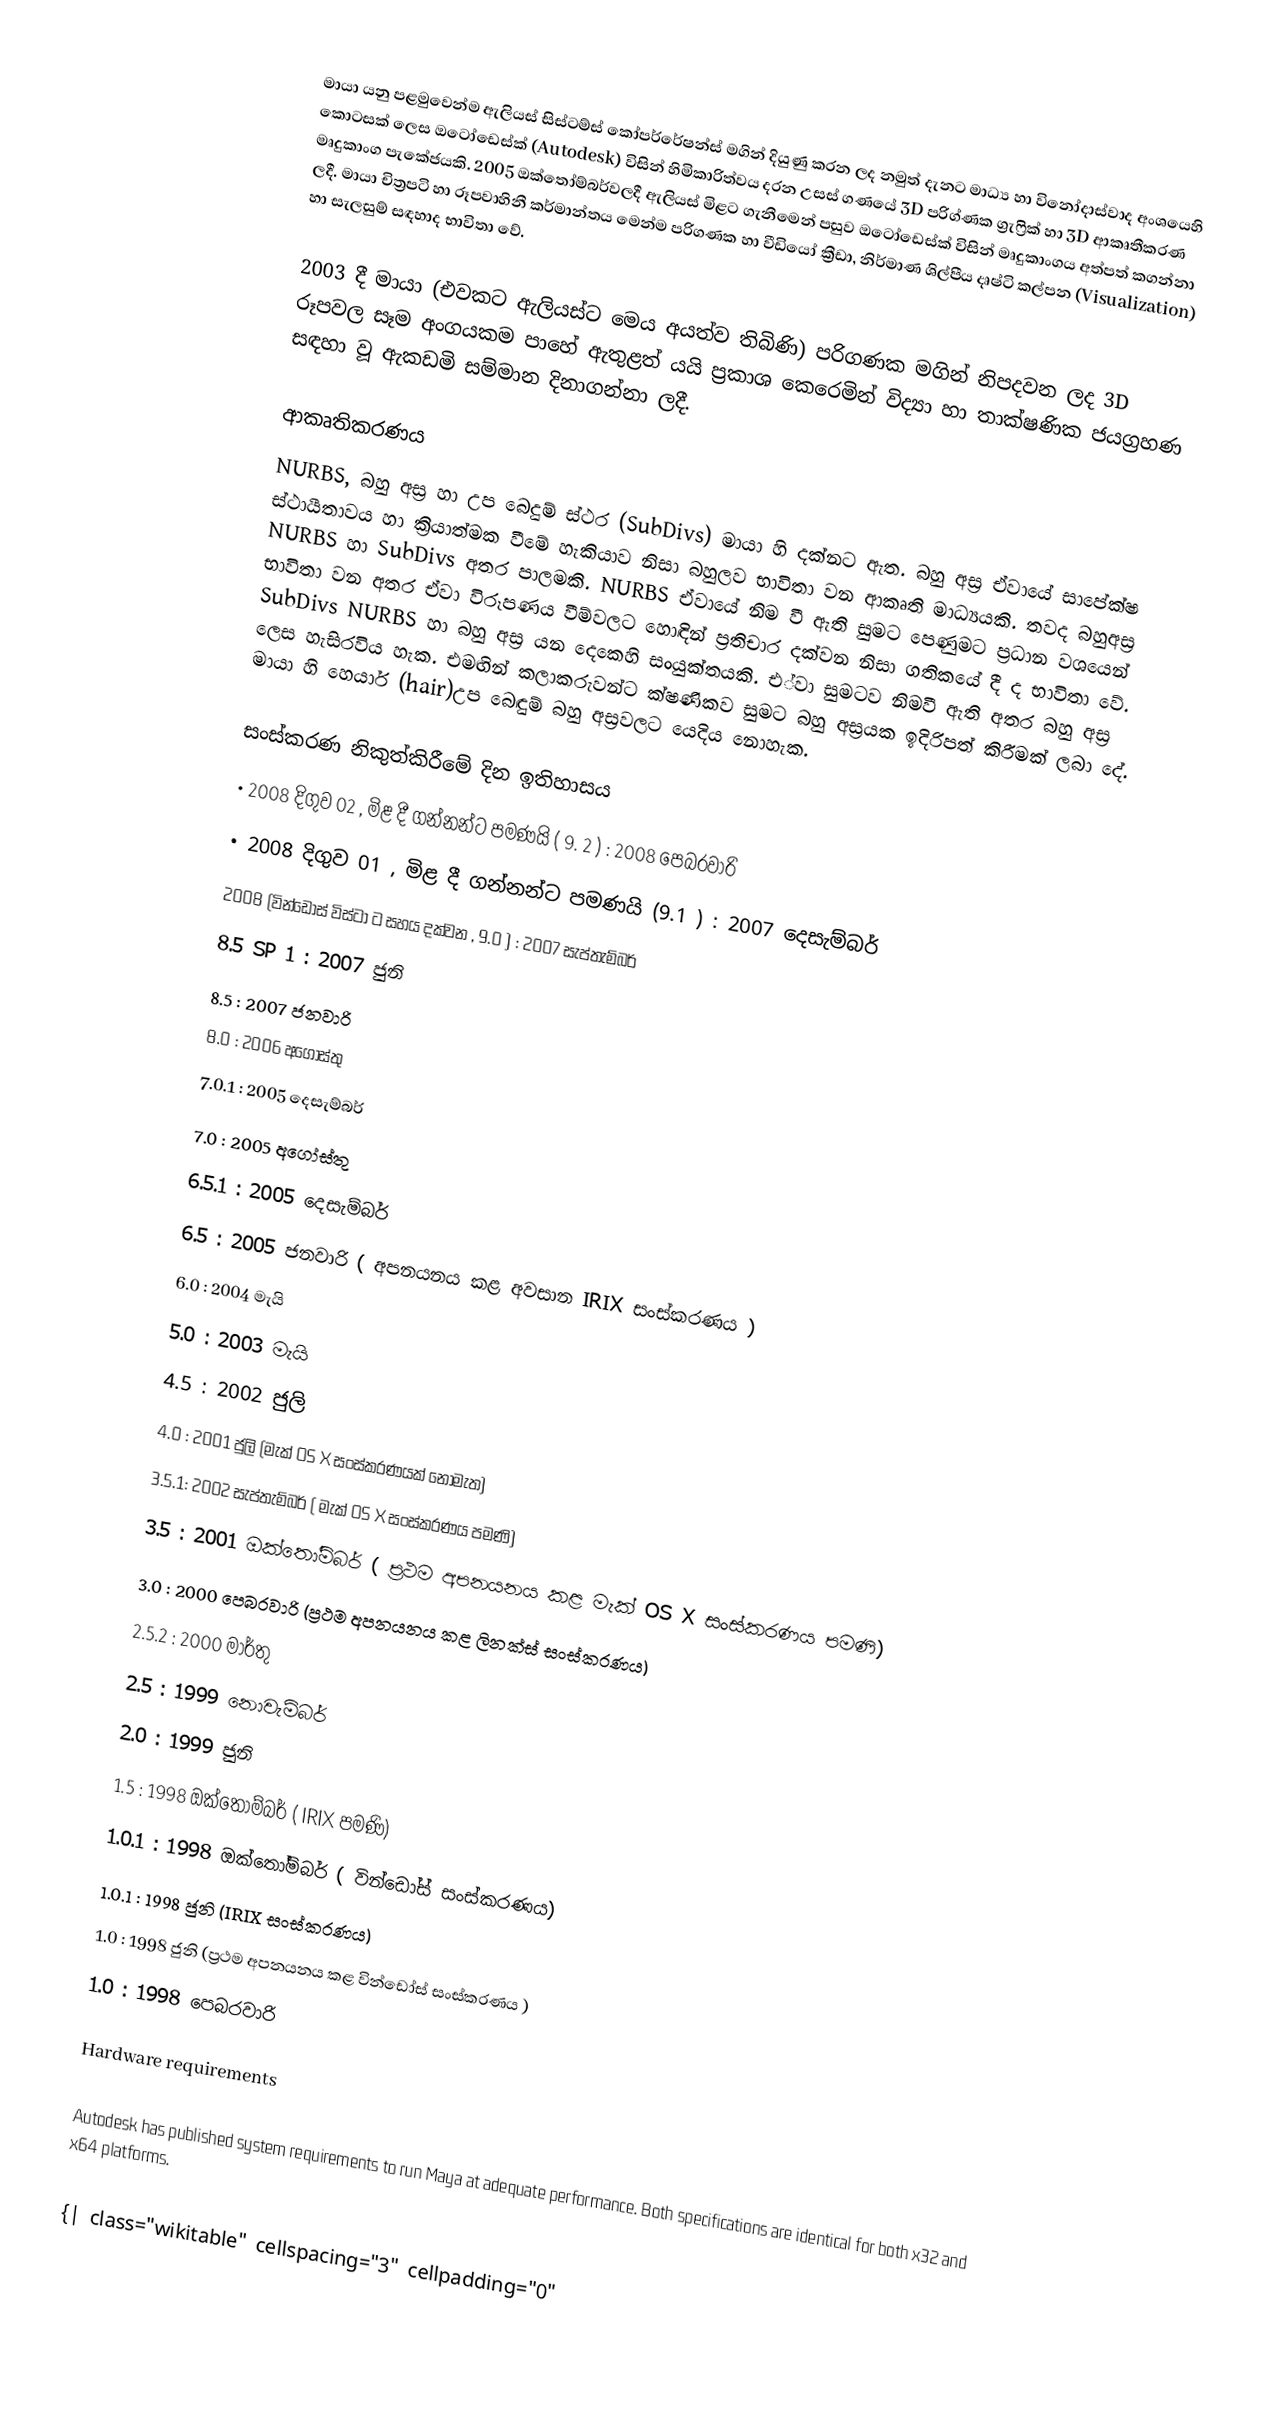
මායා යනු පළමුවෙන්ම ඇලියස් සිස්ටම්ස් කෝපර්රේෂන්ස් මගින් දියුණු කරන ලද නමුත් දැනට මාධ්‍ය හා විනෝදාස්වාද අංශයෙහි කොටසක් ලෙස ඔටෝඩෙස්ක් (Autodesk) විසින් හිමිකාරිත්වය දරන උසස් ගණයේ 3D පරිග්‍ණක ග්‍රැෆ්‍රික් හා 3D ආකෘතීකරණ මෘදුකාංග පැකේජයකි. 2005 ඔක්තෝම්බර්වලදී ඇලියස් මිළට ගැනීමෙන් පසුව ඔටෝඩෙස්ක් විසින් මෘදුකාංගය අත්පත් කගන්නා ලදී. මායා චිත්‍රපටි හා රූපවාහිනී කර්මාන්තය මෙන්ම පරිගණක හා වීඩියෝ ක්‍රීඩා, නිර්මාණ ශිල්පීය දෘෂ්ටි කල්පන (Visualization) හා සැලසුම් සඳහාද භාවිතා වේ.

2003 දී මායා (එවකට ඇලියස්ට මෙය අයත්ව තිබිණි) පරිගණක මගින් නිපදවන ලද 3D රූපවල සෑම අංගයකම පාහේ ඇතුළත් යයි ප්‍රකාශ කෙරෙමින් විද්‍යා හා තාක්ෂණික ජයග්‍රහණ සඳහා වූ ඇකඩමි සම්මාන දිනාගන්නා ලදී.

ආකෘතිකරණය
NURBS, බහු අස්‍ර හා උප බෙදුම් ස්ථර (SubDivs) මායා හි දක්නට ඇත. බහු අස්‍ර ‍ඒවායේ සාපේක්ෂ ස්ථායීතාවය හා ක්‍රියාත්මක වීමේ හැකියාව නිසා බහුලව භාවිතා වන ආකෘති මාධ්‍යයකි. තවද  බහුඅස්‍ර  NURBS හා SubDivs අතර පාලමකි. NURBS ඒවායේ නිම වී ඇති සුමට පෙණුමට ප්‍රධාන වශයෙන් භාවිතා වන අතර ඒවා විරූපණය වීම්වලට හොඳින් ප්‍රතිචාර දක්වන නිසා ගතිකයේ දී ද භාවිතා වේ. SubDivs NURBS හා බහු අස්‍ර යන දෙකෙහි සංයුක්තයකි. ‍එ්වා සුමටව නිමවී ඇති අතර බහු අස්‍ර ලෙස හැසිරවිය හැක. එමඟින් කලාකරුවන්ට ක්ෂණිකව සුමට බහු අස්‍රයක ඉදිරිපත් කිරීමක් ලබා දේ. මායා හි  හෙයාර් (hair)උප බෙඳුම් බහු අස්‍රවලට යෙදිය නොහැක.

සංස්කරණ නිකුත්කිරීමේ දින ඉතිහාසය
• 2008 දිගුව 02 , මිළ දී ගන්නන්ට පමණයි ( 9. 2 ) : 2008 පෙබරවාරි
• 2008 දිගුව 01 , මිළ දී ගන්නන්ට පමණයි (9.1 ) : 2007 දෙසැම්බර්
 2008 (වින්ඩෝස් විස්ටා ට සහය දක්වන , 9.0 ) : 2007 සැප්තැම්බර්
 8.5 SP 1 : 2007 ජුනි
 8.5 : 2007 ජනවාරි
 8.0 : 2006 අගෝස්තු
 7.0.1 : 2005 දෙසැම්බර්
 7.0 : 2005 අගෝස්තු
 6.5.1 : 2005 දෙසැම්බර්
 6.5 : 2005 ජනවාරි ( අපනයනය කළ අවසාන IRIX සංස්කරණය )
 6.0 : 2004  මැයි
 5.0 : 2003 මැයි
 4.5 : 2002 ජුලි
 4.0 : 2001 ජුලි (මැක් OS X සංස්කරණයක් නොමැත)
 3.5.1: 2002 සැප්තැම්බර් ( මැක් OS X සංස්කරණය පමණි)
 3.5 : 2001 ඔක්තෝම්බර් ( ප්‍රථම අපනයනය කළ මැක් OS X සංස්කරණය පමණි)
 3.0 : 2000 පෙබරවාරි (ප්‍රථම අපනයනය කළ ලිනක්ස් සංස්කරණය)
 2.5.2 : 2000 මාර්තු
 2.5 : 1999 නොවැම්බර්
 2.0 : 1999 ජුනි
 1.5 : 1998 ඔක්තෝම්බර් ( IRIX පමණි)
 1.0.1 : 1998 ඔක්තෝම්බර් ( වින්ඩෝස් සංස්කරණය)
 1.0.1 : 1998 ජුනි (IRIX සංස්කරණය)
 1.0 : 1998 ජුනි (ප්‍රථම අපනයනය කළ වින්ඩෝස් සංස්කරණය )
 1.0 : 1998 පෙබරවාරි

Hardware requirements

Autodesk has published system requirements to run Maya at adequate performance. Both specifications are identical for both x32 and x64 platforms.

{| class="wikitable" cellspacing="3" cellpadding="0"